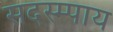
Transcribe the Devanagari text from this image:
सदस्म्पाय